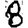
Digit: 8